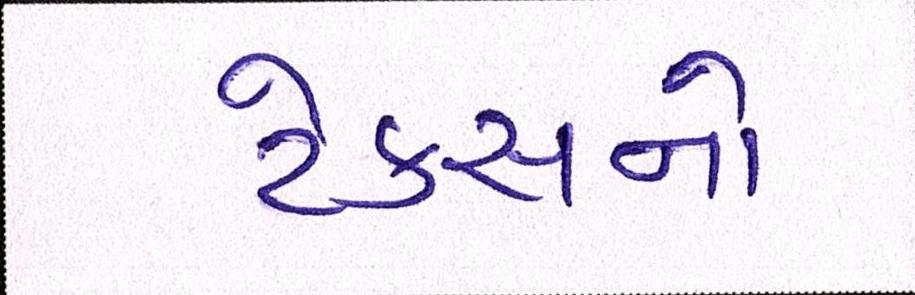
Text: ટેકસનો